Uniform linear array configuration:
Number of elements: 64
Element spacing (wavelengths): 0.25
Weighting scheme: blackman
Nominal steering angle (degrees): -60
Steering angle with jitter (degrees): -61.846
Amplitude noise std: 0.05
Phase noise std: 0.05

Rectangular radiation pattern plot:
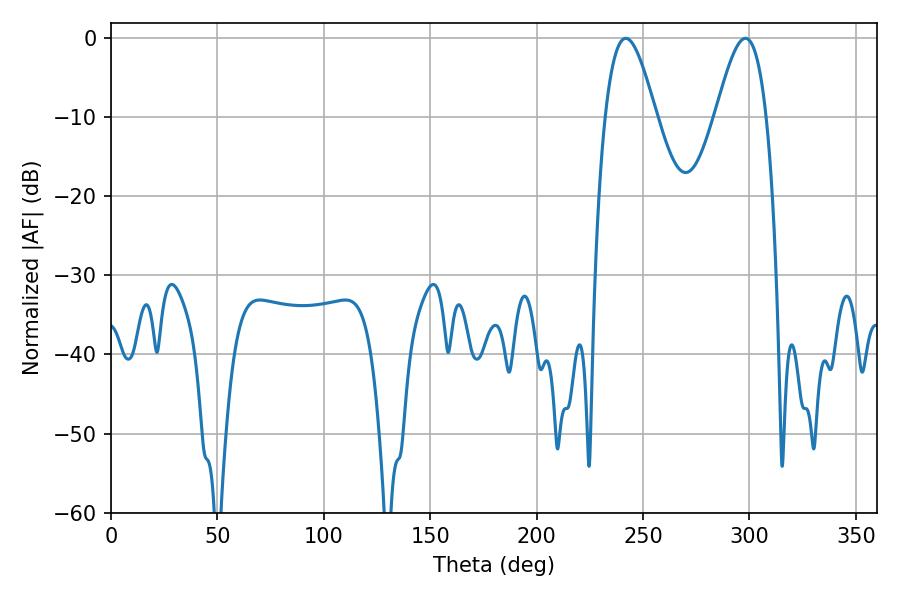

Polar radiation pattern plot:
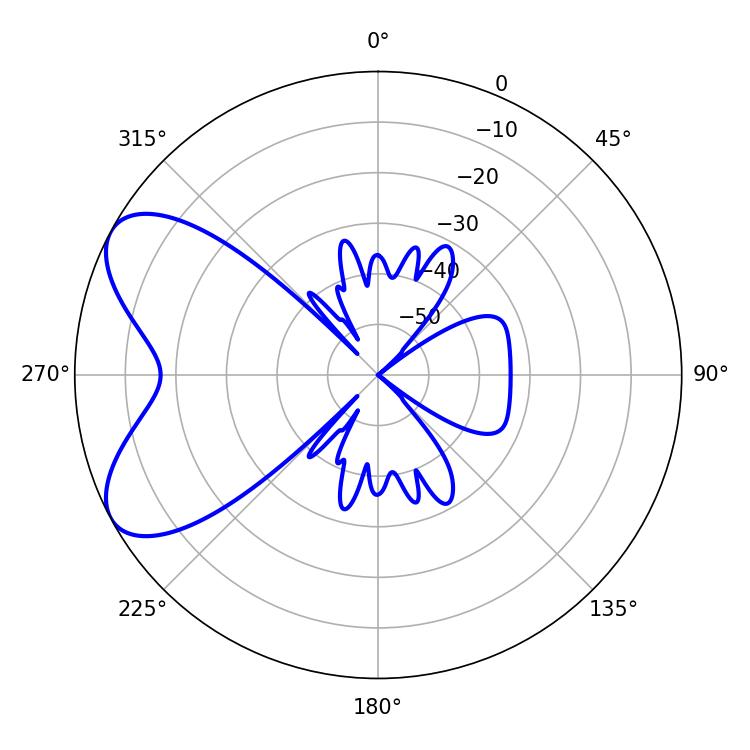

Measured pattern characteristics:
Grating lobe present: FALSE
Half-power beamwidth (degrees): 12.78
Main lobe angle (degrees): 241.92